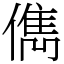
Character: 儁